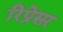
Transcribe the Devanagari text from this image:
रिप्रेसर